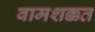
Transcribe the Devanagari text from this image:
वामशक्कत